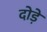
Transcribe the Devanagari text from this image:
दोड़े